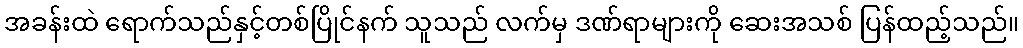
အခန်းထဲ ရောက်သည်နှင့်တစ်ပြိုင်နက် သူသည် လက်မှ ဒဏ်ရာများကို ဆေးအသစ် ပြန်ထည့်သည်။